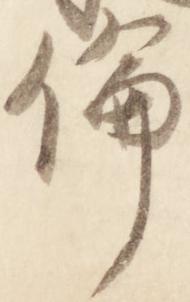
倫